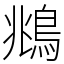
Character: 鴵